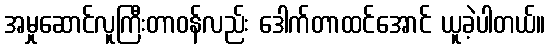
အမှုဆောင်လူကြီးတာဝန်လည်း ဒေါက်တာထင်အောင် ယူခဲ့ပါတယ်။